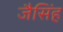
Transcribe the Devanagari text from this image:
जैसिंह